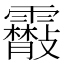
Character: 䨷